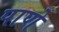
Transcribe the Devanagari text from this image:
पाणे